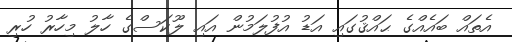
އެތައް ބައެއްގެ ޙައްޤުގައި އަޑު އުފުލަމުން އައި ލޫކަސްގެ ހާލު މިހާރު ހުރި